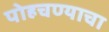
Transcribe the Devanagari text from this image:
पोहचण्याचा